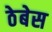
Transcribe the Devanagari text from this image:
ठेबेस